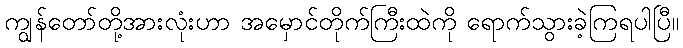
ကျွန်တော်တို့အားလုံးဟာ အမှောင်တိုက်ကြီးထဲကို ရောက်သွားခဲ့ကြရပါပြီ။